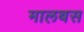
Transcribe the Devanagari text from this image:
मालबस